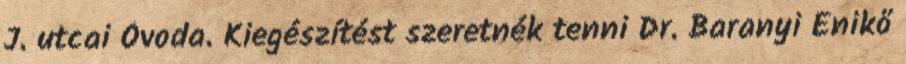
J. utcai Óvoda. Kiegészítést szeretnék tenni Dr. Baranyi Enikő